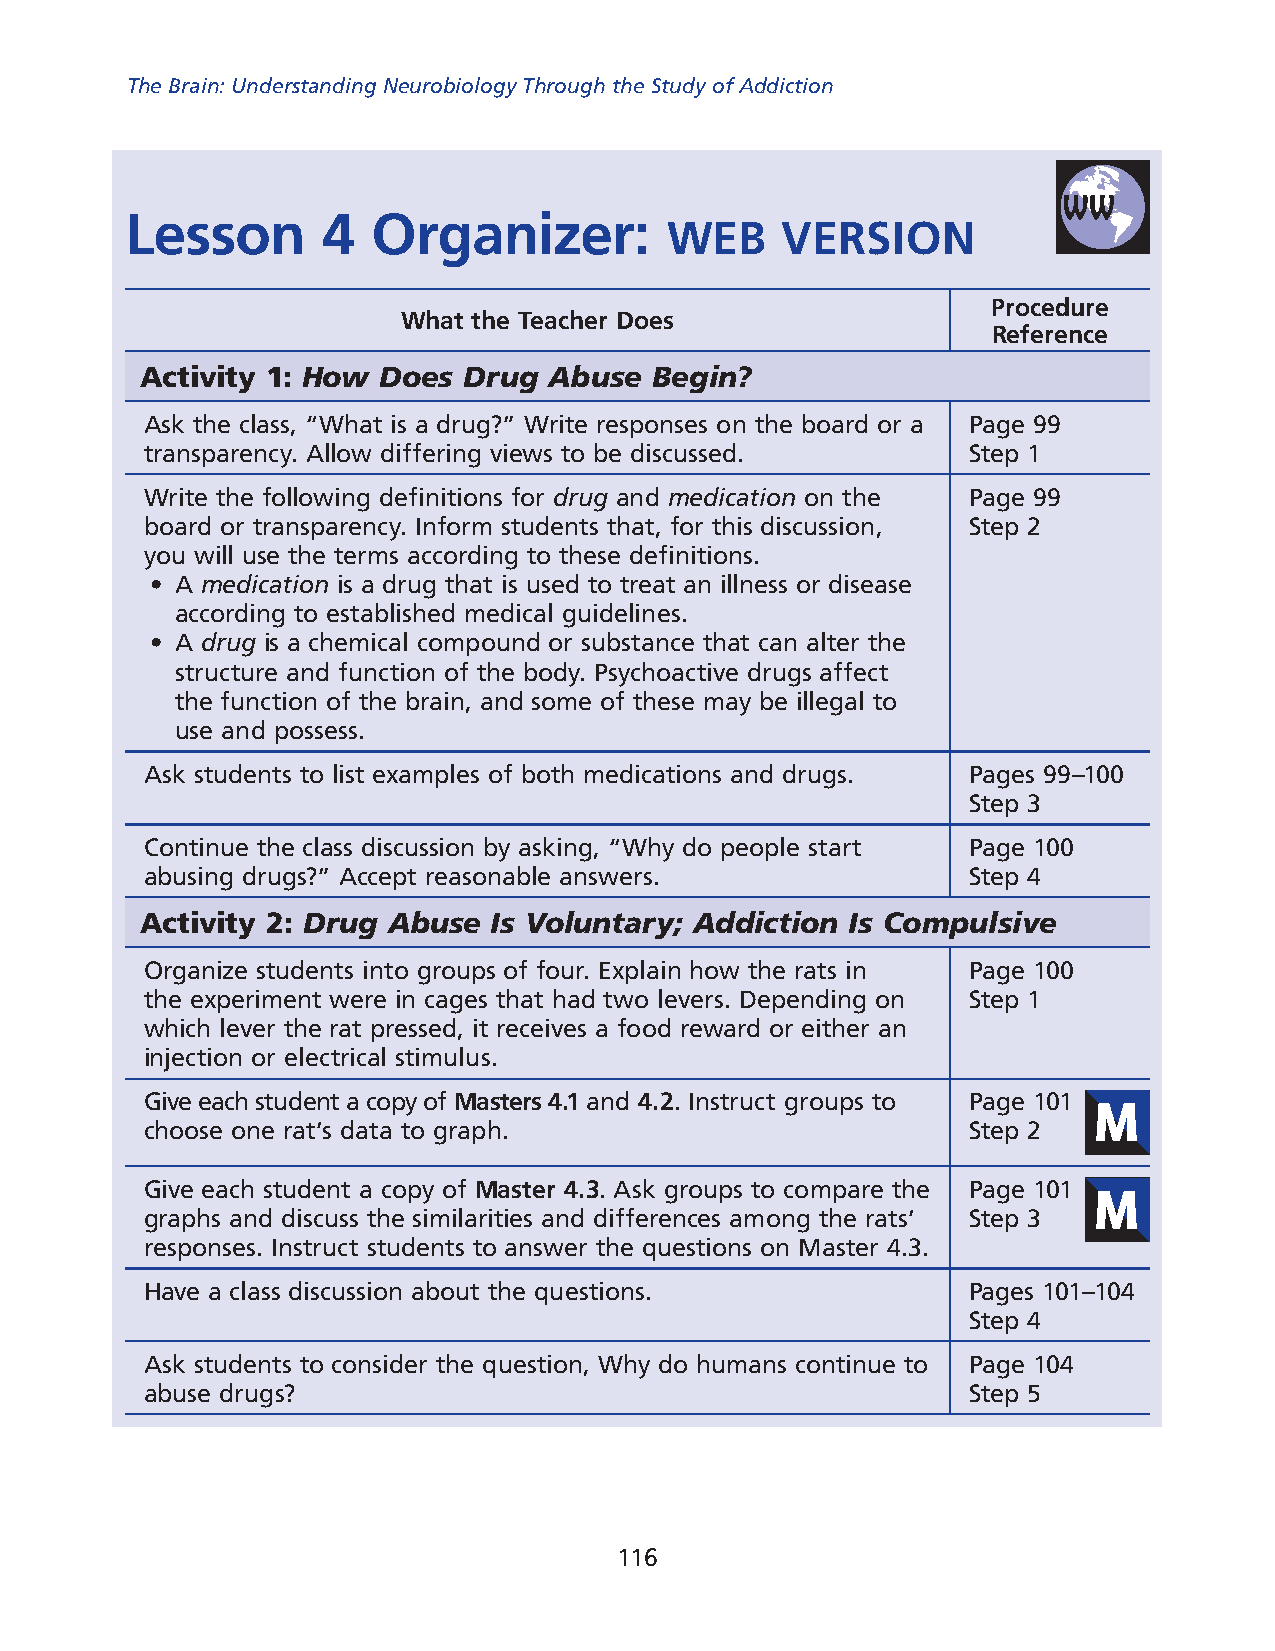
The Brain: Understanding Neurobiology Through the Study of Addiction
 Lesson       4   Organizer:
 WEB     VErSION
 Procedure
 What the Teacher Does
 reference
 Activity 1: How Does  Drug Abuse  Begin?
 Ask the class, “What is a drug?” Write responses on the board or a Page 99
 transparency. Allow differing views to be discussed.  Step 1
 Write the following definitions for drug and medication on the Page 99
 board or transparency. Inform students that, for this discussion, Step 2
 you will use the terms according to these definitions.
 • A medication is a drug that is used to treat an illness or disease
 according to established medical guidelines.
 • A drug is a chemical compound or substance that can alter the
 structure and function of the body. Psychoactive drugs affect
 the function of the brain, and some of these may be illegal to
 use and possess.
 Ask students to list examples of both medications and drugs. Pages 99–100
 Step 3
 Continue the class discussion by asking, “Why do people start Page 100
 abusing drugs?” Accept reasonable answers.            Step 4
 Activity 2: Drug Abuse  Is Voluntary; Addiction Is Compulsive
 Organize students into groups of four. Explain how the rats in Page 100
 the experiment were in cages that had two levers. Depending on Step 1
 which lever the rat pressed, it receives a food reward or either an
 injection or electrical stimulus.
 Give each student a copy of Masters 4.1 and 4.2. Instruct groups to Page 101
 choose one rat’s data to graph.                       Step 2
 Give each student a copy of Master 4.3. Ask groups to compare the Page 101
 graphs and discuss the similarities and differences among the rats’ Step 3
 responses. Instruct students to answer the questions on Master 4.3.
 Have a class discussion about the questions.          Pages 101–104
 Step 4
 Ask students to consider the question, Why do humans continue to Page 104
 abuse drugs?                                          Step 5
 116